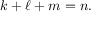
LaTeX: k + \ell + m = n .